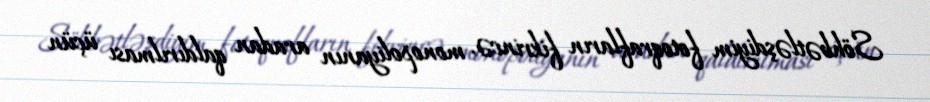
Söhbətləşdiyim fotoqrafların fikrincə, monopoliyanın aradan qaldırılması üçün